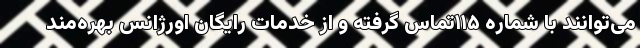
می‌توانند با شماره ۱۱۵تماس گرفته و از خدمات رایگان اورژانس بهره‌مند